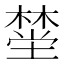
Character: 𪳯